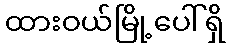
ထားဝယ်မြို့ပေါ်ရှိ